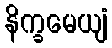
နိက္ခမေယျံ